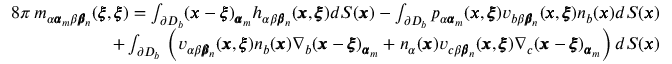
\begin{array} { r l r } & { } & { 8 \pi \, m _ { \alpha { \pmb \alpha } _ { m } \beta { \pmb \beta } _ { n } } ( { \pmb \xi } , { \pmb \xi } ) = \int _ { \partial D _ { b } } ( { \pmb x } - { \pmb \xi } ) _ { { \pmb \alpha } _ { m } } h _ { \alpha \beta { \pmb \beta } _ { n } } ( { \pmb x } , { \pmb \xi } ) d S ( { \pmb x } ) - \int _ { \partial D _ { b } } p _ { \alpha { \pmb \alpha } _ { m } } ( { \pmb x } , { \pmb \xi } ) v _ { b \beta { \pmb \beta } _ { n } } ( { \pmb x } , { \pmb \xi } ) n _ { b } ( { \pmb x } ) d S ( { \pmb x } ) } \\ & { } & { + \int _ { \partial D _ { b } } \, \left( v _ { \alpha \beta { \pmb \beta } _ { n } } ( { \pmb x } , { \pmb \xi } ) n _ { b } ( { \pmb x } ) \nabla _ { b } ( { \pmb x } - { \pmb \xi } ) _ { { \pmb \alpha } _ { m } } + n _ { \alpha } ( { \pmb x } ) v _ { c \beta { \pmb \beta } _ { n } } ( { \pmb x } , { \pmb \xi } ) \nabla _ { c } ( { \pmb x } - { \pmb \xi } ) _ { { \pmb \alpha } _ { m } } \right) d S ( { \pmb x } ) } \end{array}